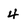
Character: 4